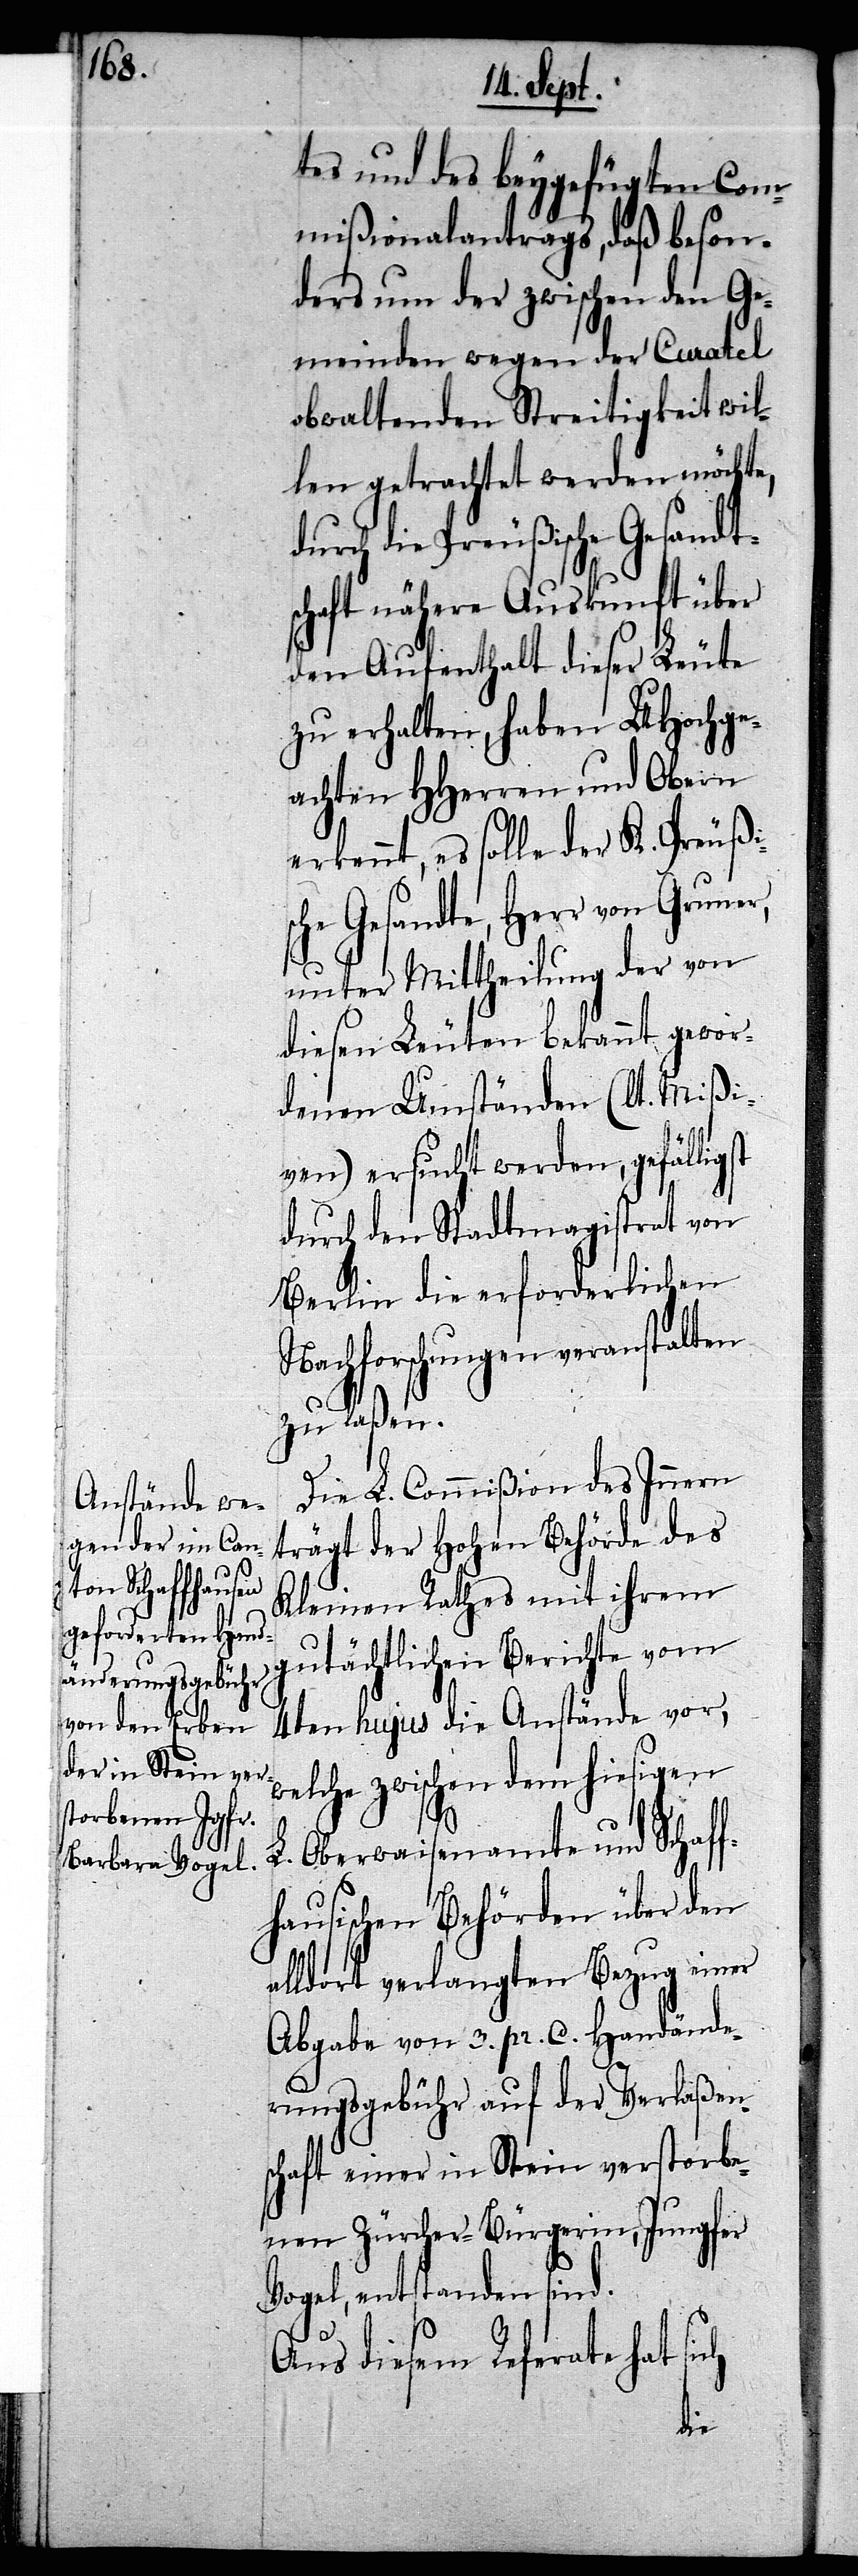
es und des beygefügten Com¬
mißionalantrags, daß beson¬
ders um der zwischen den Ge¬
meinden wegen der Curatel
obwaltenden Streitigkeit wil¬
len getrachtet werden möchte,
urch die Preußische Gesandt¬
schaft nähere Auskunft über
den Aufenthalt dieser Leute
zu erhalten, haben UHochge¬
achten HHerren und Obern
erkennt, es solle der K. Preußis¬
che Gesandte, Herr von Gruner,
unter Mittheilung der von
diesen Leuten bekannt gewor¬
denen Umständen (lt. Mißi¬
ven) ersucht werden, gefälligst
durch den Stadtmagistrat von
Berlin die erforderlichen
Nachforschungen veranstalten
zu laßen.
Die L. Commißion des Innern
trägt der Hohen Behörde des
Kleinen Rathes mit ihrem
gutächtlichen Berichte vom
4ten hujus die Anstände vor,
elche zwischen dem hiesigen
L. Oberwaisenamte und Schaff¬
hausischen Behörden über den
alldort verlangten Bezug einer
Abgabe von 3. pr. C. Handände¬
rungsgebühr auf der Verlaßen¬
schaft einer in Stein verstorbe¬
nen Zürcher-Bürgerin, Jungfer
Vogel, entstanden sind.
Aus diesem Referate hat sich
w¬